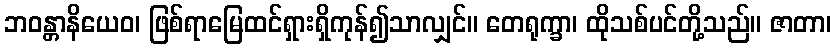
ဘဝန္တာနိယေဝ၊ ဖြစ်ရာမြေထင်ရှားရှိကုန်၍သာလျှင်။ တေရုက္ခာ၊ ထိုသစ်ပင်တို့သည်။ ဇာတာ၊